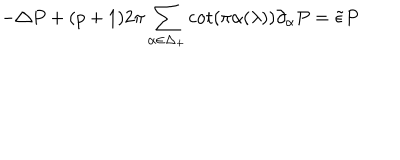
- \triangle P + ( p + 1 ) 2 \pi \sum _ { \alpha \in \Delta _ { + } } \cot ( \pi \alpha ( \lambda ) ) \partial _ { \alpha } P = \tilde { \epsilon } P